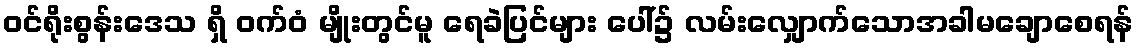
ဝင်ရိုးစွန်းဒေသ ရှိ ဝက်ဝံ မျိုးတွင်မူ ရေခဲပြင်များ ပေါ်၌ လမ်းလျှောက်သောအခါမချောစေရန်